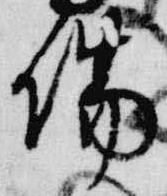
場